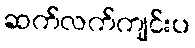
ဆက်လက်ကျင်းပ